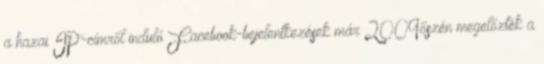
a hazai IP-címről induló Facebook-bejelentkezések már 2009őszén megelőzték a